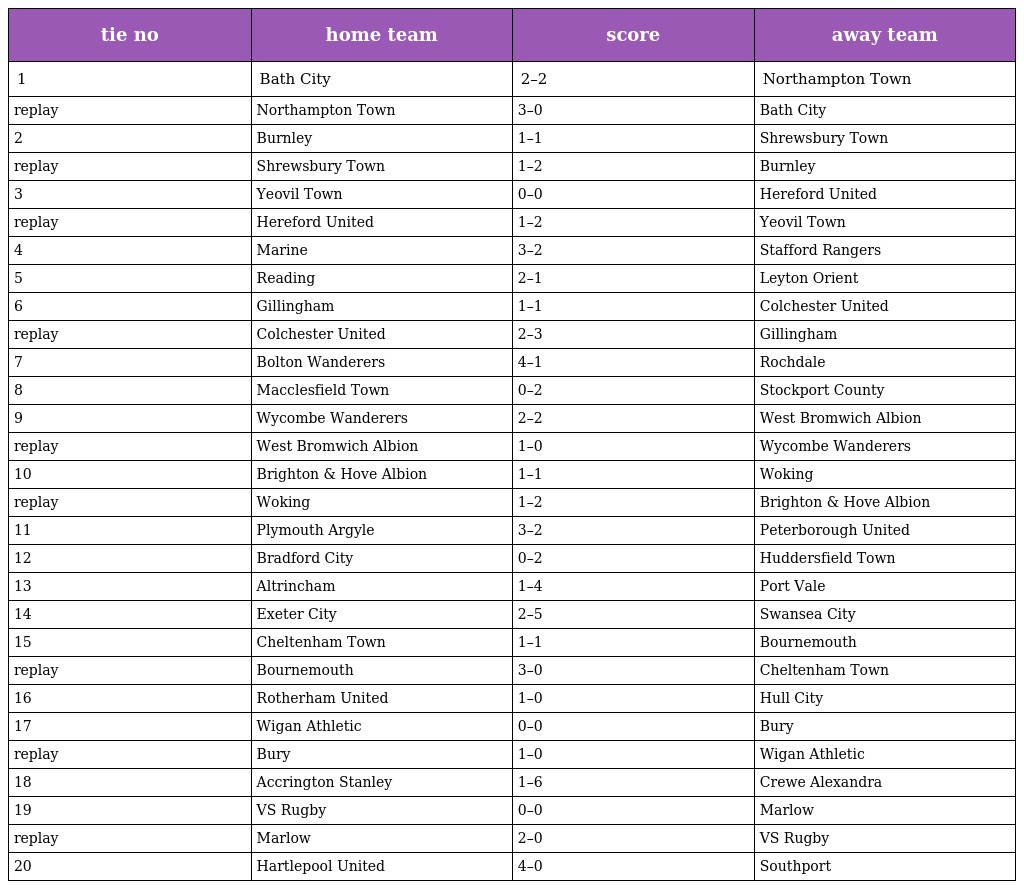
| tie no | home team | score | away team |
 | --- | --- | --- | --- |
 | 1 | Bath City | 2–2 | Northampton Town |
 | replay | Northampton Town | 3–0 | Bath City |
 | 2 | Burnley | 1–1 | Shrewsbury Town |
 | replay | Shrewsbury Town | 1–2 | Burnley |
 | 3 | Yeovil Town | 0–0 | Hereford United |
 | replay | Hereford United | 1–2 | Yeovil Town |
 | 4 | Marine | 3–2 | Stafford Rangers |
 | 5 | Reading | 2–1 | Leyton Orient |
 | 6 | Gillingham | 1–1 | Colchester United |
 | replay | Colchester United | 2–3 | Gillingham |
 | 7 | Bolton Wanderers | 4–1 | Rochdale |
 | 8 | Macclesfield Town | 0–2 | Stockport County |
 | 9 | Wycombe Wanderers | 2–2 | West Bromwich Albion |
 | replay | West Bromwich Albion | 1–0 | Wycombe Wanderers |
 | 10 | Brighton & Hove Albion | 1–1 | Woking |
 | replay | Woking | 1–2 | Brighton & Hove Albion |
 | 11 | Plymouth Argyle | 3–2 | Peterborough United |
 | 12 | Bradford City | 0–2 | Huddersfield Town |
 | 13 | Altrincham | 1–4 | Port Vale |
 | 14 | Exeter City | 2–5 | Swansea City |
 | 15 | Cheltenham Town | 1–1 | Bournemouth |
 | replay | Bournemouth | 3–0 | Cheltenham Town |
 | 16 | Rotherham United | 1–0 | Hull City |
 | 17 | Wigan Athletic | 0–0 | Bury |
 | replay | Bury | 1–0 | Wigan Athletic |
 | 18 | Accrington Stanley | 1–6 | Crewe Alexandra |
 | 19 | VS Rugby | 0–0 | Marlow |
 | replay | Marlow | 2–0 | VS Rugby |
 | 20 | Hartlepool United | 4–0 | Southport |